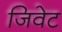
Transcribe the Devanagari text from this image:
जिवेट